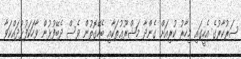
ސަރުކާރުގެ އެހީގައި މިހާރު ކުރިއަށް ގެންދާ މަޝްރޫޢުތަކާއި ބެހޭގޮތުން ވެސް ދެބޭފުޅުން ވާހަކަފުޅުދައްކަވާ